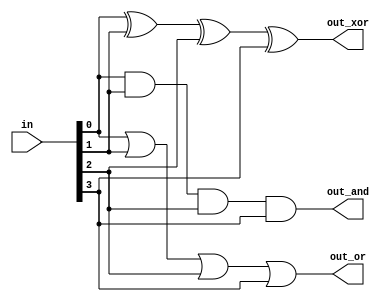
module top_module( 
    input [3:0] in,
    output out_and,
    output out_or,
    output out_xor
);
    and g1(out_and,in[0],in[1],in[2],in[3]);
    or g2(out_or,in[0],in[1],in[2],in[3]);
    xor g3(out_xor,in[0],in[1],in[2],in[3]);
    

endmodule